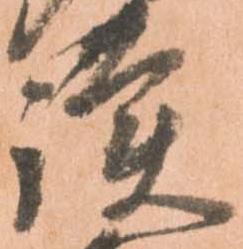
護